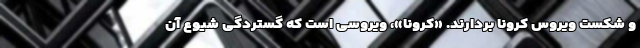
و شکست ویروس کرونا بردارند. «کرونا»، ویروسی است که گستردگی شیوع آن